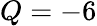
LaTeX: Q=-6